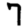
Digit: 7